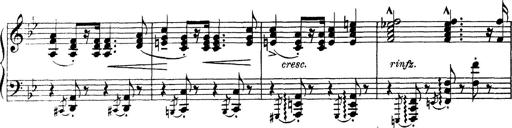
Title: Scherzo und Marsch
Composer: Franz Liszt